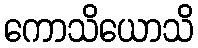
ကောသိယောသိ